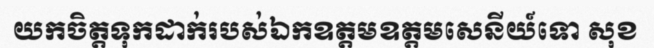
យកចិត្តទុកដាក់របស់ឯកឧត្តមឧត្តមសេនីយ៍ទោ សុខ